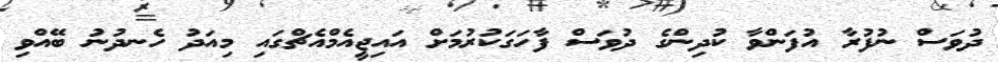
ދުވަސް ނުފުރާ އުފަންވާ ކުދިންގެ ދުވަސް ފާހަގަކުރުމަށް އައިޖީއެމްއެޗްގައި މިއަދު ހެނދުނު ބޭއްވި